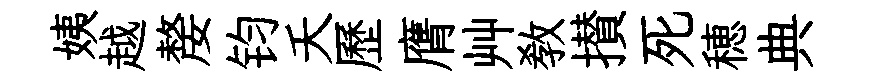
姨越嫠钧夭歷膺艸教攅死穂典